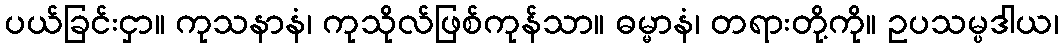
ပယ်ခြင်းငှာ။ ကုသနာနံ၊ ကုသိုလ်ဖြစ်ကုန်သာ။ ဓမ္မာနံ၊ တရားတို့ကို။ ဥပသမ္ပဒါယ၊